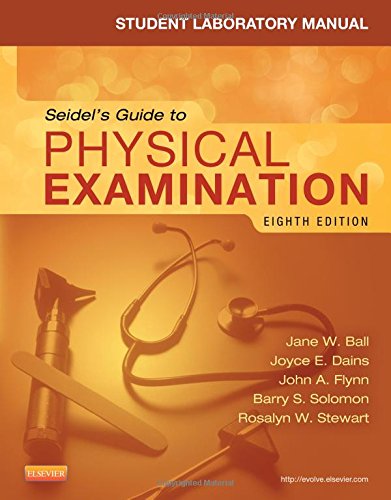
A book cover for Student Laboratory Manual for Seidel's Guide to Physical Examination - Revised Reprint, 8e; Jane W. Ball RN  DrPH  CPNP  DPNAP; Medical Books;